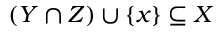
( Y \cap Z ) \cup \{ x \} \subseteq X